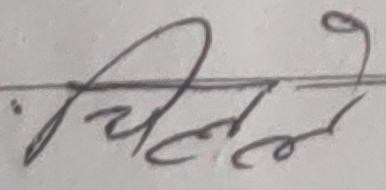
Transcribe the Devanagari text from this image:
चिल्ले